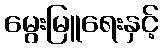
မွေးမြူရေးနှင့်